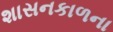
શાસનકાળના